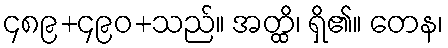
၄၈၉+၄၉၀+သည်။ အတ္ထိ၊ ရှိ၏။ တေန၊